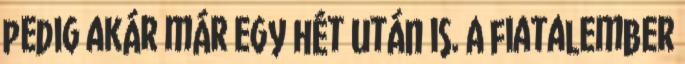
pedig akár már egy hét után is. A fiatalember